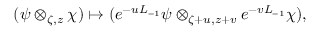
( \psi \otimes _ { \zeta , z } \chi ) \mapsto ( e ^ { - u L _ { - 1 } } \psi \otimes _ { \zeta + u , z + v } e ^ { - v L _ { - 1 } } \chi ) ,